Indian journal of veterinary science and animal husbandry - Volumes 15-17, 1948-1951
Year: 1948
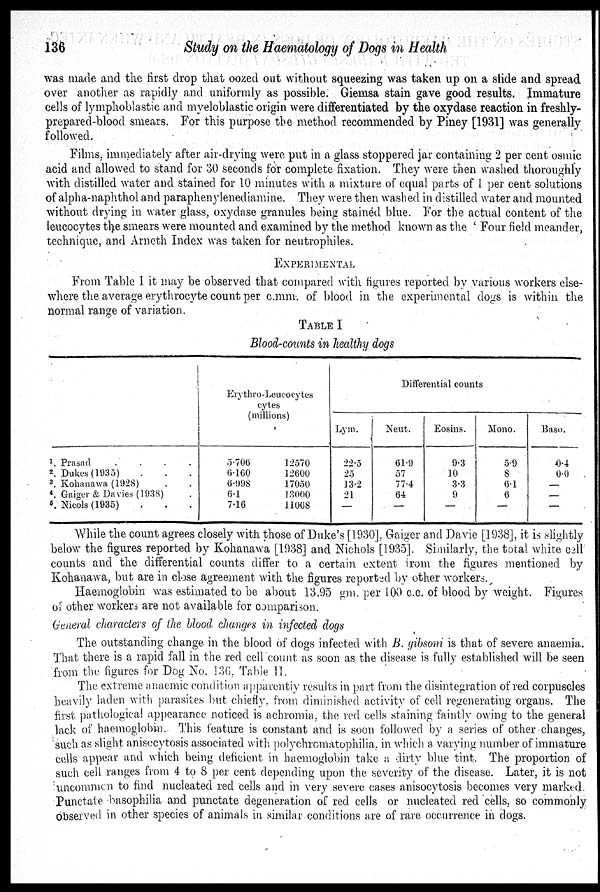
136
Study on the Haematology of Dogs in Health
was made and the first drop that oozed out without squeezing was taken up on a slide and spread
over another as rapidly and uniformly as possible. Giemsa stain gave good results. Immature
cells of lymphoblastic and myeloblastic origin were differentiated by the oxydase reaction in freshly-
prepared-blood smears. For this purpose the method recommended by Piney [1931] was generally
followed.
Films, immediately after air-drying were put in a glass stoppered jar containing 2 per cent osmic
acid and allowed to stand for 30 seconds for complete fixation. They were then washed thoroughly
with distilled water and stained for 10 minutes with a mixture of equal parts of 1 per cent solutions
of alpha-naphthol and paraphenylenediamine. They were then washed in distilled water and mounted
without drying in water glass, oxydase granules being stained blue. For the actual content of the
leucocytes the smears were mounted and examined by the method known as the 'Four field meander,
technique, and Arneth Index was taken for neutrophiles.
EXPERIMENTAL
From Table I it may be observed that compared with figures reported by various workers else-
where the average erythrocyte count per c.mm. of blood in the experimental dogs is within the
normal range of variation.
TABLE I
Blood-counts in healthy dogs
1. Prasad
.
.
.
.
2. Dukes (1935) . . .
3. Kohanawa (1928) . .
4. Gaiger & Davies (1938) .
5. Nicols (1935) . . .
Erythro-Leucocytes
cytes
(millions)
5.706
6.160
6.998
6.1
7.16
12570
12600
17050
13000
11068
Differential counts
Lym.
22.5
25
13.2
21
—
Neut.
61.9
57
77.4
64
—
Eosins.
9.3
10
3.3
9
—
Mono.
5.9
8
6.1
6
—
Baso.
0.4
0.0
—
—
—
While the count agrees closely with those of Duke's [1930], Gaiger and Davie [1938], it is slightly
below the figures reported by Kohanawa [1938] and Nichols [1935]. Similarly, the total white cell
counts and the differential counts differ to a certain extent from the figures mentioned by
Kohanawa, but are in close agreement with the figures reported by other workers.
Haemoglobin was estimated to be about 13.95 gm. per 100 c.c. of blood by weight. Figures
of other workers are not available for comparison.
General characters of the blood changes in infected dogs
The outstanding change in the blood of dogs infected with B. gibsoni is that of severe anaemia.
That there is a rapid fall in the red cell count as soon as the disease is fully established will be seen
from the figures for Dog No. 136, Table II.
The extreme anaemic condition apparently results in part from the disintegration of red corpuscles
heavily laden with parasites but chiefly from diminished activity of cell regenerating organs. The
first pathological appearance noticed is achromia, the red cells staining faintly owing to the general
lack of haemoglobin. This feature is constant and is soon followed by a series of other changes,
such as slight anisccytosis associated with polychromatophilia in which a varying number of immature
cells appear and which being deficient in. haemoglobin take a dirty blue tint. The proportion of
such cell ranges from 4 to 8 per cent depending upon the severity of the disease. Later, it is not
uncommon to find nucleated red cells and in very severe cases anisocytosis becomes very marked.
Punctate basophilia and punctate degeneration of red. cells or nucleated red cells, so commonly
observed in other species of animals in similar conditions are of rare occurrence in dogs.